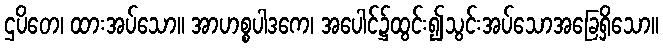
ဌပိတေ၊ ထားအပ်သော။ အာဟစ္စပါဒကေ၊ အပေါင်၌ထွင်း၍သွင်းအပ်သောအခြေရှိသော။